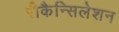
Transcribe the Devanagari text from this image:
रीकैन्सिलेशन